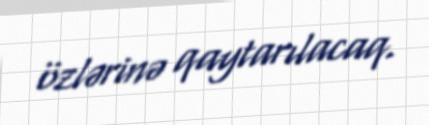
özlərinə qaytarılacaq.